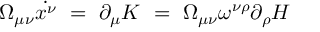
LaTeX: \Omega _ { \mu \nu } \dot { x ^ { \nu } } ~ = ~ \partial _ { \mu } K ~ = ~ \Omega _ { \mu \nu } \omega ^ { \nu \rho } \partial _ { \rho } H